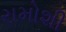
રામોશી